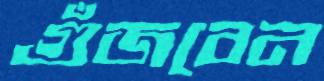
গুঁজবেন